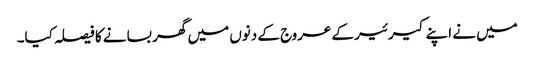
میں نے اپنے کیرئیر کے عروج کے دنوں میں گھر بسانے کا فیصلہ کیا۔